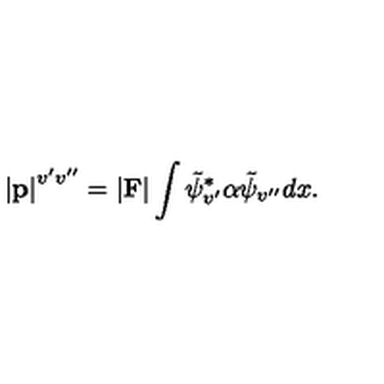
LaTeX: \left| { \bf p } \right| ^ { v ^ { \prime } v ^ { \prime \prime } } = \vert { \bf F } \vert \int \tilde { \psi } _ { v ^ { \prime } } ^ { \ast } \alpha \tilde { \psi } _ { v ^ { \prime \prime } } d x .